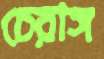
চেরাঙ্গ